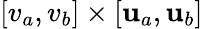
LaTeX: [v_{a},v_{b}]\times[\mathbf{u}_{a},\mathbf{u}_{b}]